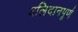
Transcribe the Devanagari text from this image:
बलिदानपूर्ण